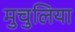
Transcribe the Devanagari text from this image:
मुचुलिया